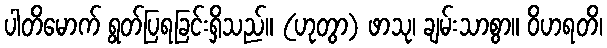
ပါတိမောက် ရွတ်ပြရခြင်းရှိသည်။ (ဟုတွာ) ဖာသု၊ ချမ်းသာစွာ။ ဝိဟရတိ၊